Vaccination in Bombay 1874-1876 - 1874-1876
Year: 1874
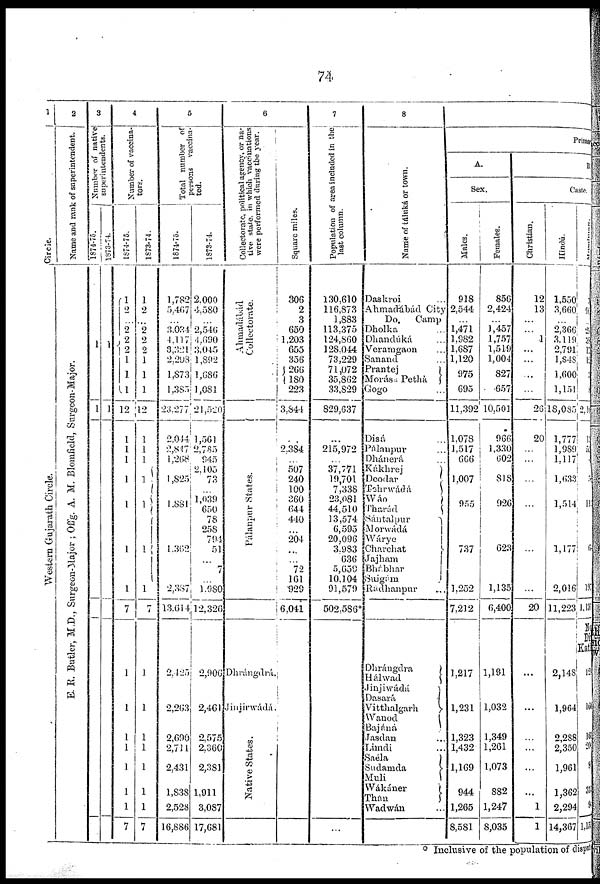
74
1
Circle.
Western Gujarath Circle.
2
Name and rank of superintendent.
E. R. Butler, M.D., Surgeon-Major ; Offg. A. M. Blomfield, Surgeon-Major.
3
Number of native
superintendents.
1874-75.
1
1
1873-74.
1
]
4
Number of vaccina-
tors.
1874-75.
1
2
...
2
2
2
1
1
1
12
1
1
1
1
1
1
1
7
1
1
1
1
1
1
1
7
1873-74.
1
2
...
2
2
2
1
1
1
12
1
1
1
1
1
1
1
7
1
1
1
1
1
1
1
7
5
Total number of
persons vaccina-
ted.
1874-75.
1,782
5,407
...
3,034
4,117
3,321
2,298
1,873
1,385
23,277
2,044
2,847
1,268
1 ,825
1,881
1,362
2,387
13,614
2,425
2,263
2,699
2,711
2,431
1,838
2,528
16,886
1873-74.
2,000
4,580
...
2,546
4,690
3,045
1,892
1,686
1,081
21,520
1,561
2,785
945
2,105
73
...
1,039
650
78
258
794
51
...
7
...
1,980
12,326
2,906
2,461
2,575
2,360
2,381
1,911
3,087
17,681
6
Collectorate, political agency, or na-
tive state, in which vaccinations
were performed during the year.
Ahmadábád Collectorate.
Pálanpur States.
Dhrángdrá.
Jinjirwádá.
Native States.
Square miles.
306
2
3
650
1,203
655
356
266
180
223
3,844
...
2,384
...
507
240
100
360
644
440
...
204
...
...
72
161
929
6,041
7
Population of area included in the
last column.
130,610
116,873
1,883
113,375
124,860
128,044
73,229
71,072
35,862
33,829
829,637
...
215,972
...
37,771
19,701
7,338
23,081
44,510
13,574
6,595
20,096
3,983
636
5,659
10,104
91,579
502,586*
...
8
Name of táluká or town.
Daskroi ...
Ahmadábád City
Do.
Camp
Dholka ...
Dhandúká ...
Veramgaon ...
Sanand ...
Prantej
Morása Pethá
Gogo ...
Disá ...
Pálanpur ...
Dhánerá ...
Kákhrej
Deodar
Tehrwádá
Wáo
Tharád
Sántalpur
Morwádá
Wárye
Charchat
Jajham
Bhábhar
Suigám
Rádhanpur ...
Dhrángdra
Hálwad
Jinjiwádá
Dasará
Vitthalgarh
Wanod
Bajáná
Jasdan ...
Limdi ...
Saéla
Sudamda
Muli
Wákáner
Thán
Wadwán ...
Primary
A.
Sex.
Males.
918
2,544
...
1,471
1,982
1,687
1,120
975
695
11,392
1,078
1,517
666
1,007
955
737
1,252
7,212
1,217
1,231
1,323
1,432
1,169
944
1,265
8,581
Females.
856
2,424
...
1,457
1,757
1,519
1,004
827
657
10,501
966
1,330
602
818
926
623
1,135
6,400
1,191
1,032
1,349
1,261
1,073
882
1,247
8,035
B.
Caste.
Christian.
12
13
...
...
1
...
...
...
...
26
20
...
...
...
...
...
...
20
...
...
...
...
...
...
1
1
Hindú.
1,550
3,660
...
2,366
3,119
2,791
1,848
1,600
1,151
18,085
1,777
1,989
1,117
1,633
1,514
1,177
2,016
11,223
2,148
1,964
2,288
2,350
1,961
1,362
2,294
14,367
Musalman.
9
...
29
38
17
12
3
8
2,10
15
55
4
5
11
6
197
1, 138
No
Di
Kati
12
160
161
20
9
31
9
1, 153
* Inclusive of the population of disput